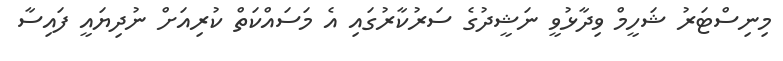
މިނިސްޓަރު ޝަހީމް ވިދާޅުވީ ނަޝީދުގެ ސަރުކާރުގައި އެ މަސައްކަތް ކުރިއަށް ނުދިޔައީ ފައިސާ